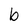
Character: b